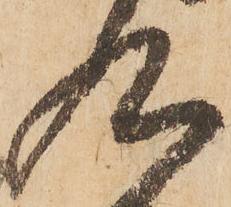
九